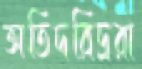
অতিদরিদ্ররা